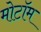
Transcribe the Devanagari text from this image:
मोटॉम